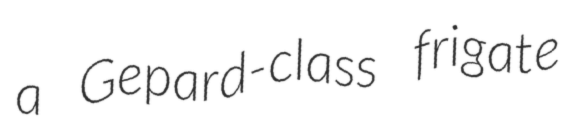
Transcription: a Gepard-class frigate